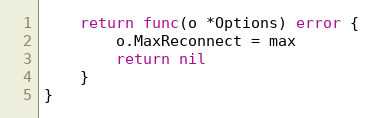
Language: Go
	return func(o *Options) error {
		o.MaxReconnect = max
		return nil
	}
}